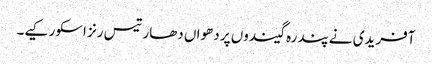
آفریدی نے پندرہ گیندوں پر دھواں دھار تیس رنز اسکور کیے۔